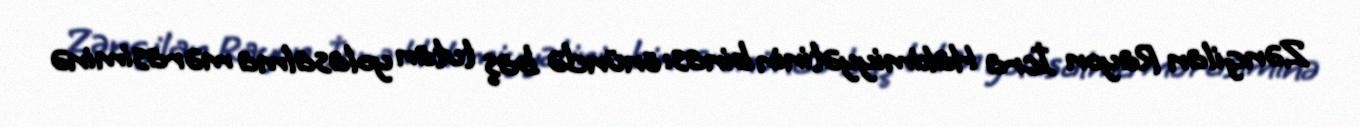
Zəngilan Rayon İcra Hakimiyyətinin binası önündə baş tutan yolasalma mərasiminə